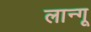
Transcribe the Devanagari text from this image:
लान्गू